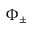
\Phi _ { \pm }